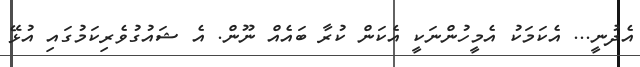
އެދުނީ... އެކަމަކު އެމީހުންނަކީ އެކަން ކުރާ ބައެއް ނޫން. އެ ޝައުގުވެރިކަމުގައި އުޅޭ